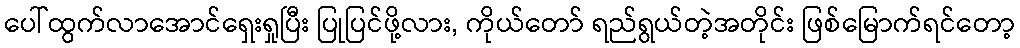
ပေါ်ထွက်လာအောင်ရှေးရှုပြီး ပြုပြင်ဖို့လား, ကိုယ်တော် ရည်ရွယ်တဲ့အတိုင်း ဖြစ်မြောက်ရင်တော့